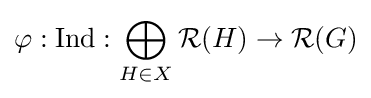
\varphi :{\text{Ind}}:\bigoplus _{H\in X}{\mathcal {R}}(H)\to {\mathcal {R}}(G)